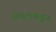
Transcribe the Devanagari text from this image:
शेपटाकडून